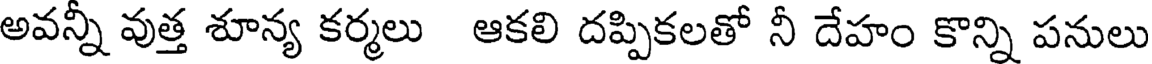
అవన్నీ వుత్త శూన్య కర్మలు ఆకలి దప్పికలతో నీ దేహం కొన్ని పనులు